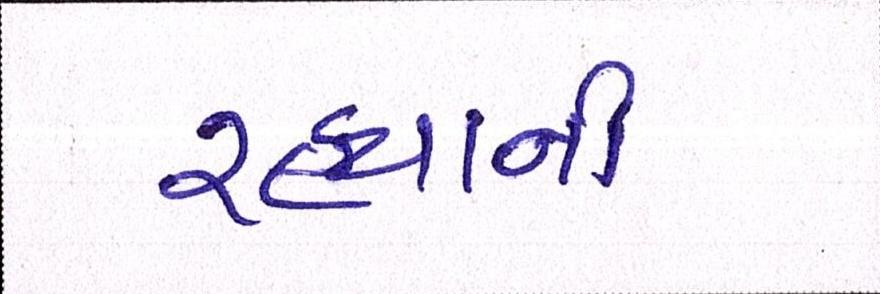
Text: રહ્યાની